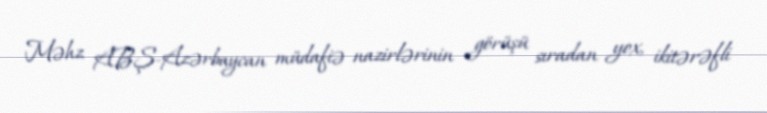
Məhz ABŞ-Azərbaycan müdafiə nazirlərinin görüşü sıradan yox, ikitərəfli